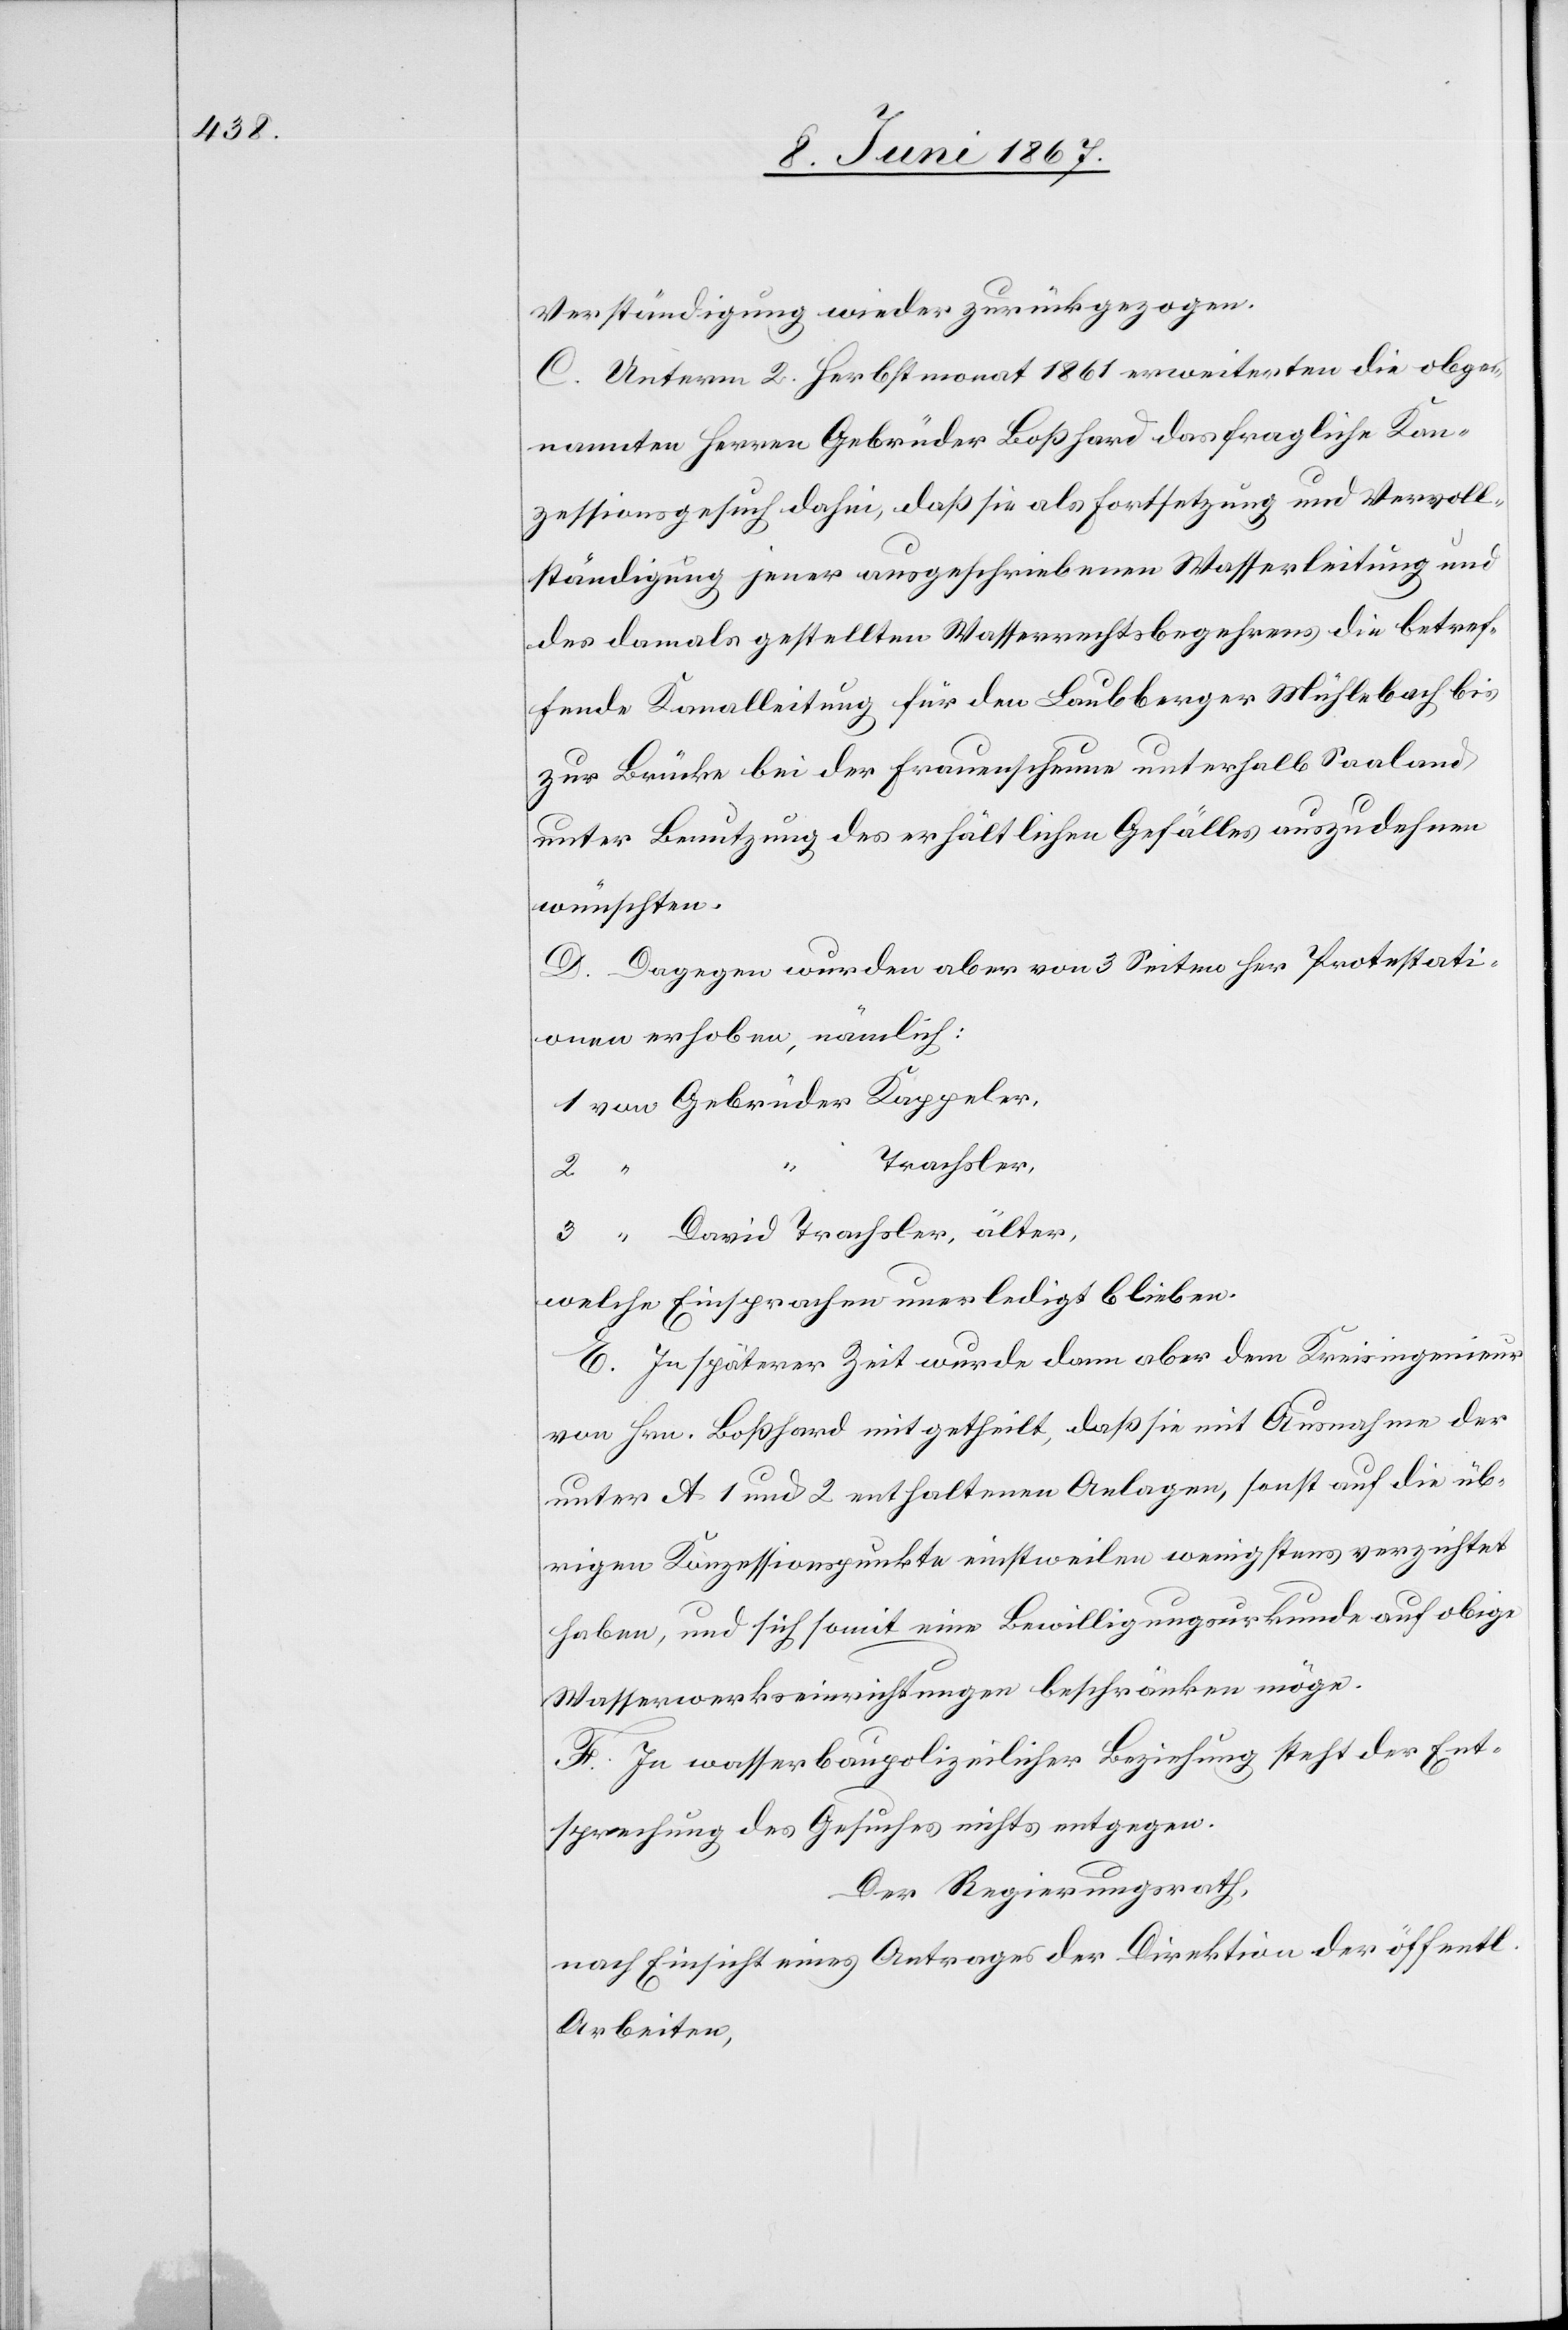
Verständigung wieder zurückgezogen.
C. Unterm 2. Herbstmonat 1861 erweiterten die obge¬
nannten Herren Gebrüder Boßhard das fragliche Kon¬
zessionsgesuch dahin, daß sie als Fortsetzung und Vervoll¬
ständigung jener ausgeschriebenen Wasserleitung und
des damals gestellten Wasserrechtsbegehrens die betref¬
fende Kanalleitung für den Laubberger Mühlbach bis
zur Brücke bei der Frauenscheune unterhalb Saaland
unter Benutzung des erhältlichen Gefälles auszudehnen
wünschen.
D. Dagegen wurden aber von 3 Seiten her Protestati¬
onen erhoben, nämlich:
1 von Gebrüder Kappeler,
Trachsler,
3 “ David Trachsler, älter,
welche Einsprachen unerledigt blieben.
E. In späterer Zeit wurde dann aber dem Kreisingenieur
von Hrn. Boßhard mitgetheilt, daß sie mit Ausnahme der
unter A 1 und 2 enthaltenen Anlagen, sonst auf die üb¬
rigen Konzessionspunkte einstweilen wenigstens verzichtet
haben, und sich somit eine Bewilligungsurkunde auf obige
Wasserwerkseinrichtungen beschränken möge.
F. In wasserbaupolizeilicher Beziehung steht der Ent¬
sprechung des Gesuches nichts entgegen.
Der Regierungsrath,
nach Einsicht eines Antrages der Direktion der öffentl.
Arbeiten,